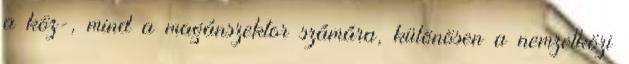
a köz-, mind a magánszektor számára, különösen a nemzetközi